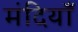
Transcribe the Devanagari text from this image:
मंदियाँ